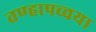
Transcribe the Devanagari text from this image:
तण्हापच्चया